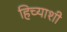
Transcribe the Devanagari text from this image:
हिच्‍याशी